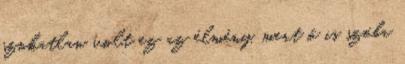
szokatlan volt ez az élmény, mert ő is szóba